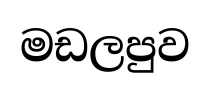
මඩලපුව